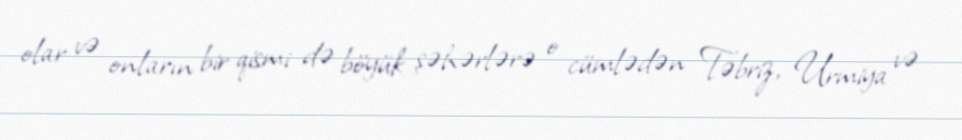
olar və onların bir qismi də böyük şəhərlərə o cümlədən Təbriz, Urmiya və